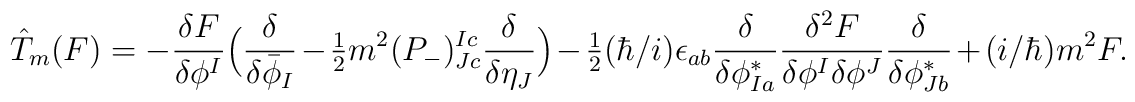
\hspace{-.5cm}\hat{T}_m(F) = - \frac{\delta F}{\delta \phi^I} \Big(\frac{\delta}{\delta \bar{\phi}_I} - \hbox{$\frac{1}{2}$} m^2 (P_-)_{Jc}^{Ic} \frac{\delta}{\delta \eta_J} \Big) -\hbox{$\frac{1}{2}$}(\hbar/i) \epsilon_{ab}\frac{\delta}{\delta \phi_{I a}^*}\frac{\delta^2 F}{\delta \phi^I \delta \phi^J} \frac{\delta}{\delta \phi_{J b}^*} + (i/\hbar) m^2 F.